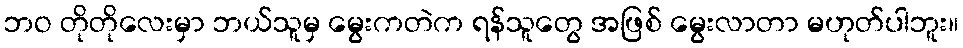
ဘဝ တိုတိုလေးမှာ ဘယ်သူမှ မွေးကတဲက ရန်သူတွေ အဖြစ် မွေးလာတာ မဟုတ်ပါဘူး။